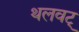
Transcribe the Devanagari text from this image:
थलवट्